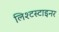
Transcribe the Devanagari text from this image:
लिश्टस्टाइनर